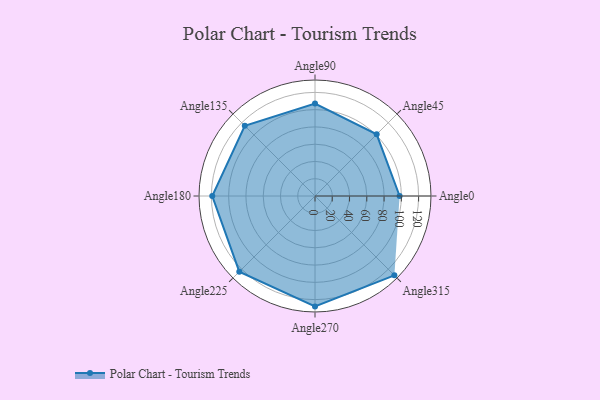
{"axis": {"x": "Angle", "y": "Radius"}, "legend": [""], "data": [{"x": "Angle0", "y": 98.0, "type": ""}, {"x": "Angle45", "y": 101.0, "type": ""}, {"x": "Angle90", "y": 107.0, "type": ""}, {"x": "Angle135", "y": 115.0, "type": ""}, {"x": "Angle180", "y": 119.0, "type": ""}, {"x": "Angle225", "y": 124.0, "type": ""}, {"x": "Angle270", "y": 128.0, "type": ""}, {"x": "Angle315", "y": 130.0, "type": ""}]}